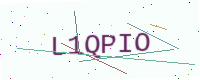
Text: L1QPIO